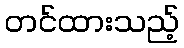
တင်ထားသည့်